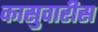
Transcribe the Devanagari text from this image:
कासुवारीस